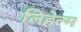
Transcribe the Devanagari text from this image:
लिहेल्म